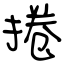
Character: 捲